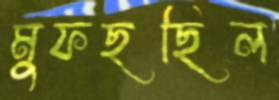
মুফছছিল